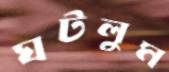
ঘটলুম